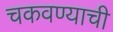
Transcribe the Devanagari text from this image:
चकवण्याची